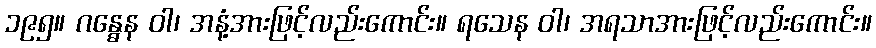
၁၉၅။ ဂန္ဓေန ဝါ၊ အနံ့အားဖြင့်လည်းကောင်း။ ရသေန ဝါ၊ အရသာအားဖြင့်လည်းကောင်း။